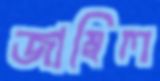
জাম্বিল